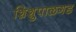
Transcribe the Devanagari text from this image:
शिशुपाळगड